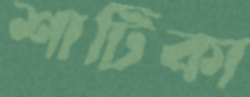
শাটিকা